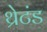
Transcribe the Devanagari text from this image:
थ्रेटंड